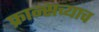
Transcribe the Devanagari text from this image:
फ्रान्सच्याच